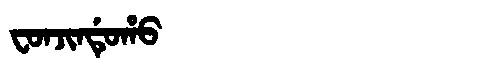
Manchu: ᠸᠣᠨᠵᡳᠨᡩᡠᡥᠣ
Romanization: FONJINDUHO